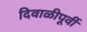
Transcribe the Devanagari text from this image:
दिवाळीपूर्वी